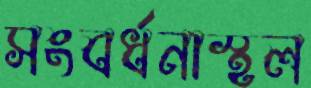
সংবর্ধনাস্থল